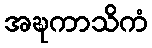
အဍ္ဎကာသိကံ